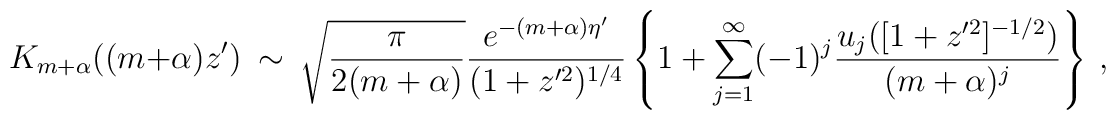
K_{m+\alpha}((m+\alpha)z')\ \sim\ \sqrt{\frac{\pi}{2(m+\alpha)}}\frac{e^{-(m+\alpha)\eta '}}{(1+z'^2)^{1/4}}\left\{ 1+\sum_{j=1}^{\infty}(-1)^j \frac{ u_j([1+z'^2]^{-1/2})}{(m+\alpha)^j}\right\}\ ,